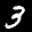
Label: 3